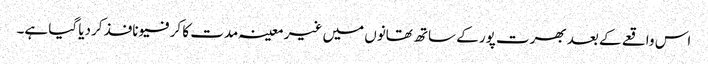
اس واقعے کے بعد بھرت پور کے ساتھ تھانوں میں غیر معینہ مدت کا کرفیو نافذ کردیا گیا ہے۔